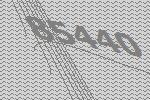
85440